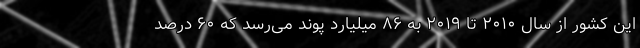
این کشور از سال ۲۰۱۰ تا ۲۰۱۹ به ۸۶ میلیارد پوند می‌رسد که ۶۰ درصد